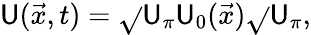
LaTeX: \mathsf{U}(\vec{{x}},t)=\sqrt{}{{\mathsf{U}_{\pi}}}\mathsf{U}_{0}(\vec{{x}})\sqrt{}{{\mathsf{U}_{\pi}}},